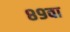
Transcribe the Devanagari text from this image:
८९वा